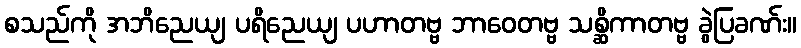
စသည်ကို အဘိညေယျ ပရိညေယျ ပဟာတဗ္ဗ ဘာဝေတဗ္ဗ သစ္ဆိကာတဗ္ဗ ခွဲပြခဏ်း။